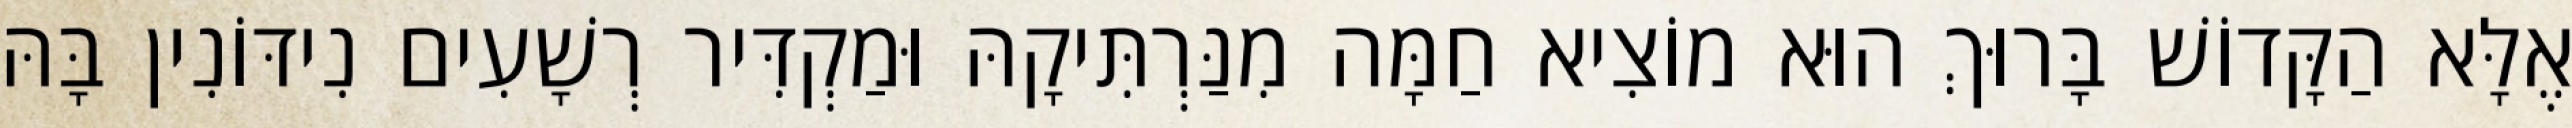
אֶלָּא הַקָּדוֹשׁ בָּרוּךְ הוּא מוֹצִיא חַמָּה מִנַּרְתִּיקָהּ וּמַקְדִּיר רְשָׁעִים נִידּוֹנִין בָּהּ